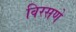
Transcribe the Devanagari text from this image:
विरसणे